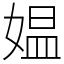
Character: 媪